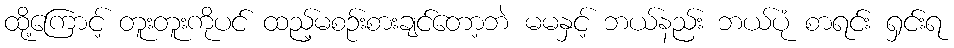
ထို့ကြောင့် တူးတူးကိုပင် ထည့်မစဉ်းစားချင်တော့ဘဲ မမနှင့် ဘယ်နည်း ဘယ်ပုံ စာရင်း ရှင်းရ